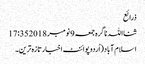
ذرائع
ثنااللہ ناگرہ جمعہ 9 نومبر 2018 17:35
اسلام آباد(اُردوپوائنٹ اخبارتازہ ترین۔